Vaccination in Burma 1920-1933 - 1920-1933
Year: 1920
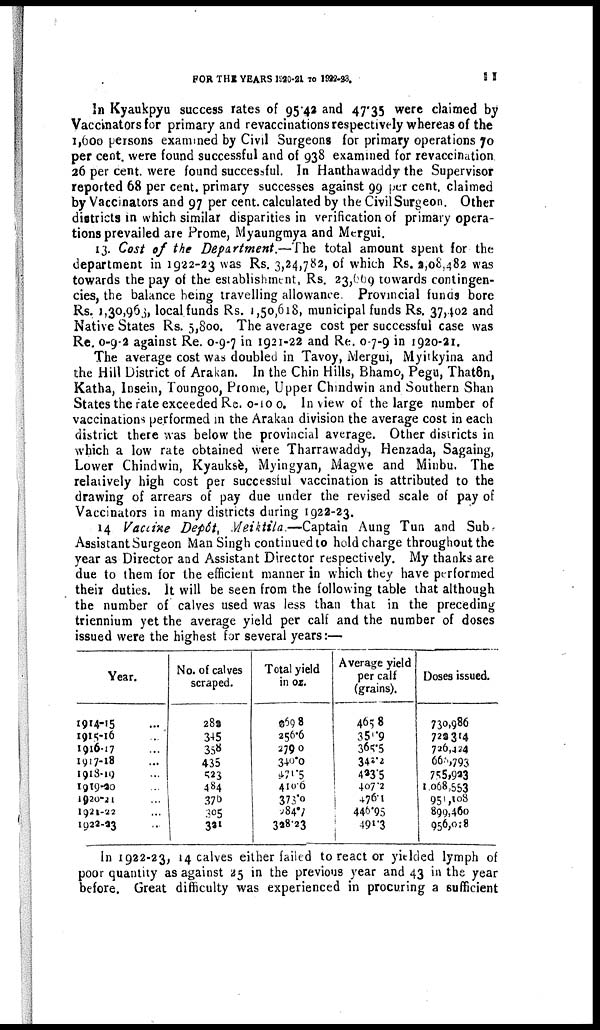
FOR THE YEARS 1920-21 TO 1922-23.
11
In Kyaukpyu success rates of 95.42 and 47.35 were claimed by
Vaccinators for primary and revaccinations respectively whereas of the
1,600 persons examined by Civil Surgeons for primary operations 70
per cent. were found successful and of 938 examined for revaccination
26 per cent. were found successful. In Hanthawaddy the Supervisor
reported 68 per cent. primary successes against 99 per cent. claimed
by Vaccinators and 97 per cent. calculated by the Civil Surgeon. Other
districts in which similar disparities in verification of primary opera-
tions prevailed are Prome, Myaungmya and Mergui.
13. Cost of the Department.—The total amount spent for the
department in 1922-23 was Rs. 3,24,782, of which Rs. 2,08,482 was
towards the pay of the establishment, Rs. 23,669 towards contingen-
cies, the balance being travelling allowance. Provincial funds bore
Rs. 1,30,963, local funds Rs. 1,50,618, municipal funds Rs. 37,402 and
Native States Rs. 5,800. The average cost per successful case was
Re. 0-9-2 against Re. 0-9-7 in 1921-22 and Re. 0-7-9 in 1920-21.
The average cost was doubled in Tavoy, Mergui, Myilkyina and
the Hill District of Arakan. In the Chin Hills, Bhamo, Pegu, Thatôn,
Katha, Insein, Toungoo, Prome, Upper Chindwin and Southern Shan
States the rate exceeded Re. 0-10-0. In view of the large number of
vaccinations performed in the Arakan division the average cost in each
district there was below the provincial average. Other districts in
which a low rate obtained were Tharrawaddy, Henzada, Sagaing,
Lower Chindwin, Kyauksè, Myingyan, Magwe and Minbu. The
relatively high cost per successful vaccination is attributed to the
drawing of arrears of pay due under the revised scale of pay of
Vaccinators in many districts during 1922-23.
14 Vaccine Depôt, Meiktila.—Captain
Aung Tun and Sub
Assistant Surgeon Man Singh continued to hold charge throughout the
year as Director and Assistant Director respectively. My thanks are
due to them for the efficient manner in which they have performed
their duties. It will be seen from the following table that although
the number of calves used was less than that in the preceding
triennium yet the average yield per calf and the number of doses
issued were the highest for several years:—
Year.
1914-15 ...
1915-16 ...
1916-17 ...
1917-18 ...
1918-19 ...
1919-20 ...
1920-21 ...
1921-22 ...
1923-23 ...
No. of calves
scraped.
282
345
358
435
523
484
370
305
321
Total yield
in oz.
969.8
256.6
279.0
340.0
471.5
410.6
373.0
284.7
328.23
Average yield
per calf
(grains).
46.58
351.9
365.5
342.2
423.5
407.2
476.1
446.95
491.3
Doses issued.
730,986
722,314
726,424
666,793
755,923
1,068,553
951,108
899,460
956,018
In 1922-23, 14 calves either failed to react or yielded lymph of
poor quantity as against 25 in the previous year and 43 in the year
before. Great difficulty was experienced in procuring a sufficient